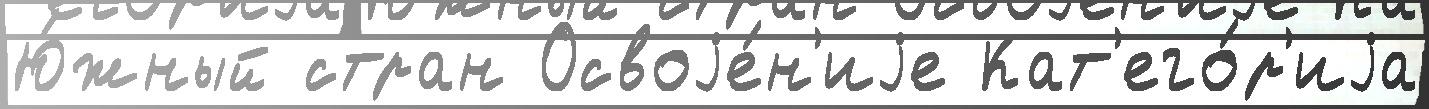
Ю́жный стран Освоjе́н'иjе Кат'его́р'иjа